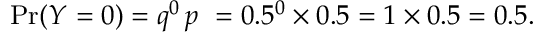
\operatorname* { P r } ( Y = 0 ) = q ^ { 0 } \, p \ = 0 . 5 ^ { 0 } \times 0 . 5 = 1 \times 0 . 5 = 0 . 5 .